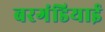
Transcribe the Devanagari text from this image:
बरगंडियाई